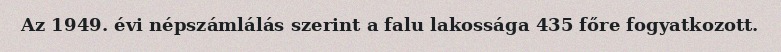
Az 1949. évi népszámlálás szerint a falu lakossága 435 főre fogyatkozott.